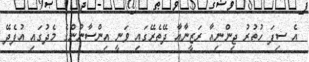
އެ ސިފަ ހުތުރު ޖިންނިއާ ރަޒީނާއާ ދޭތެރޭގައި ވަނީ އިންސާނުންގެ މެދުގައި އުފެދޭ